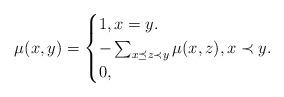
LaTeX: \begin{align*}\mu(x,y)=\begin{cases}1,x=y.\\-\sum_{x\preceq z\prec y}\mu(x,z),x\prec y.\\0,\quad\end{cases}\end{align*}